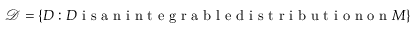
\mathcal { D } = \{ D : D \mathrm { ~ i ~ s ~ a ~ n ~ i ~ n ~ t ~ e ~ g ~ r ~ a ~ b ~ l ~ e ~ d ~ i ~ s ~ t ~ r ~ i ~ b ~ u ~ t ~ i ~ o ~ n ~ o ~ n ~ } M \}